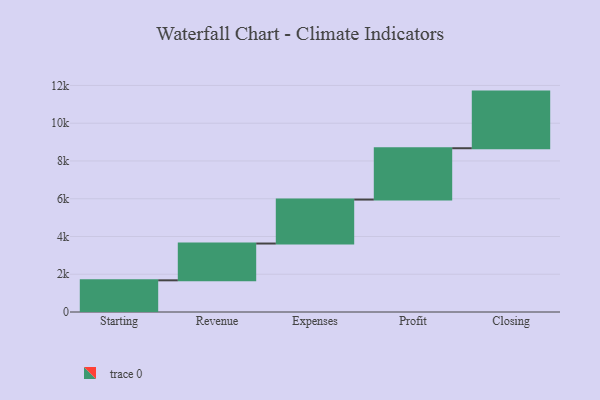
{"axis": {"x": "Step", "y": "Value"}, "legend": [""], "data": [{"x": "Starting", "y": 1678.0, "type": ""}, {"x": "Revenue", "y": 1949.0, "type": ""}, {"x": "Expenses", "y": 2329.0, "type": ""}, {"x": "Profit", "y": 2719.0, "type": ""}, {"x": "Closing", "y": 3000, "type": ""}]}